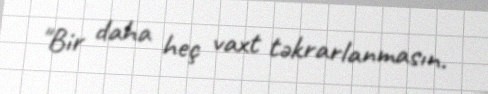
"Bir daha heç vaxt təkrarlanmasın.